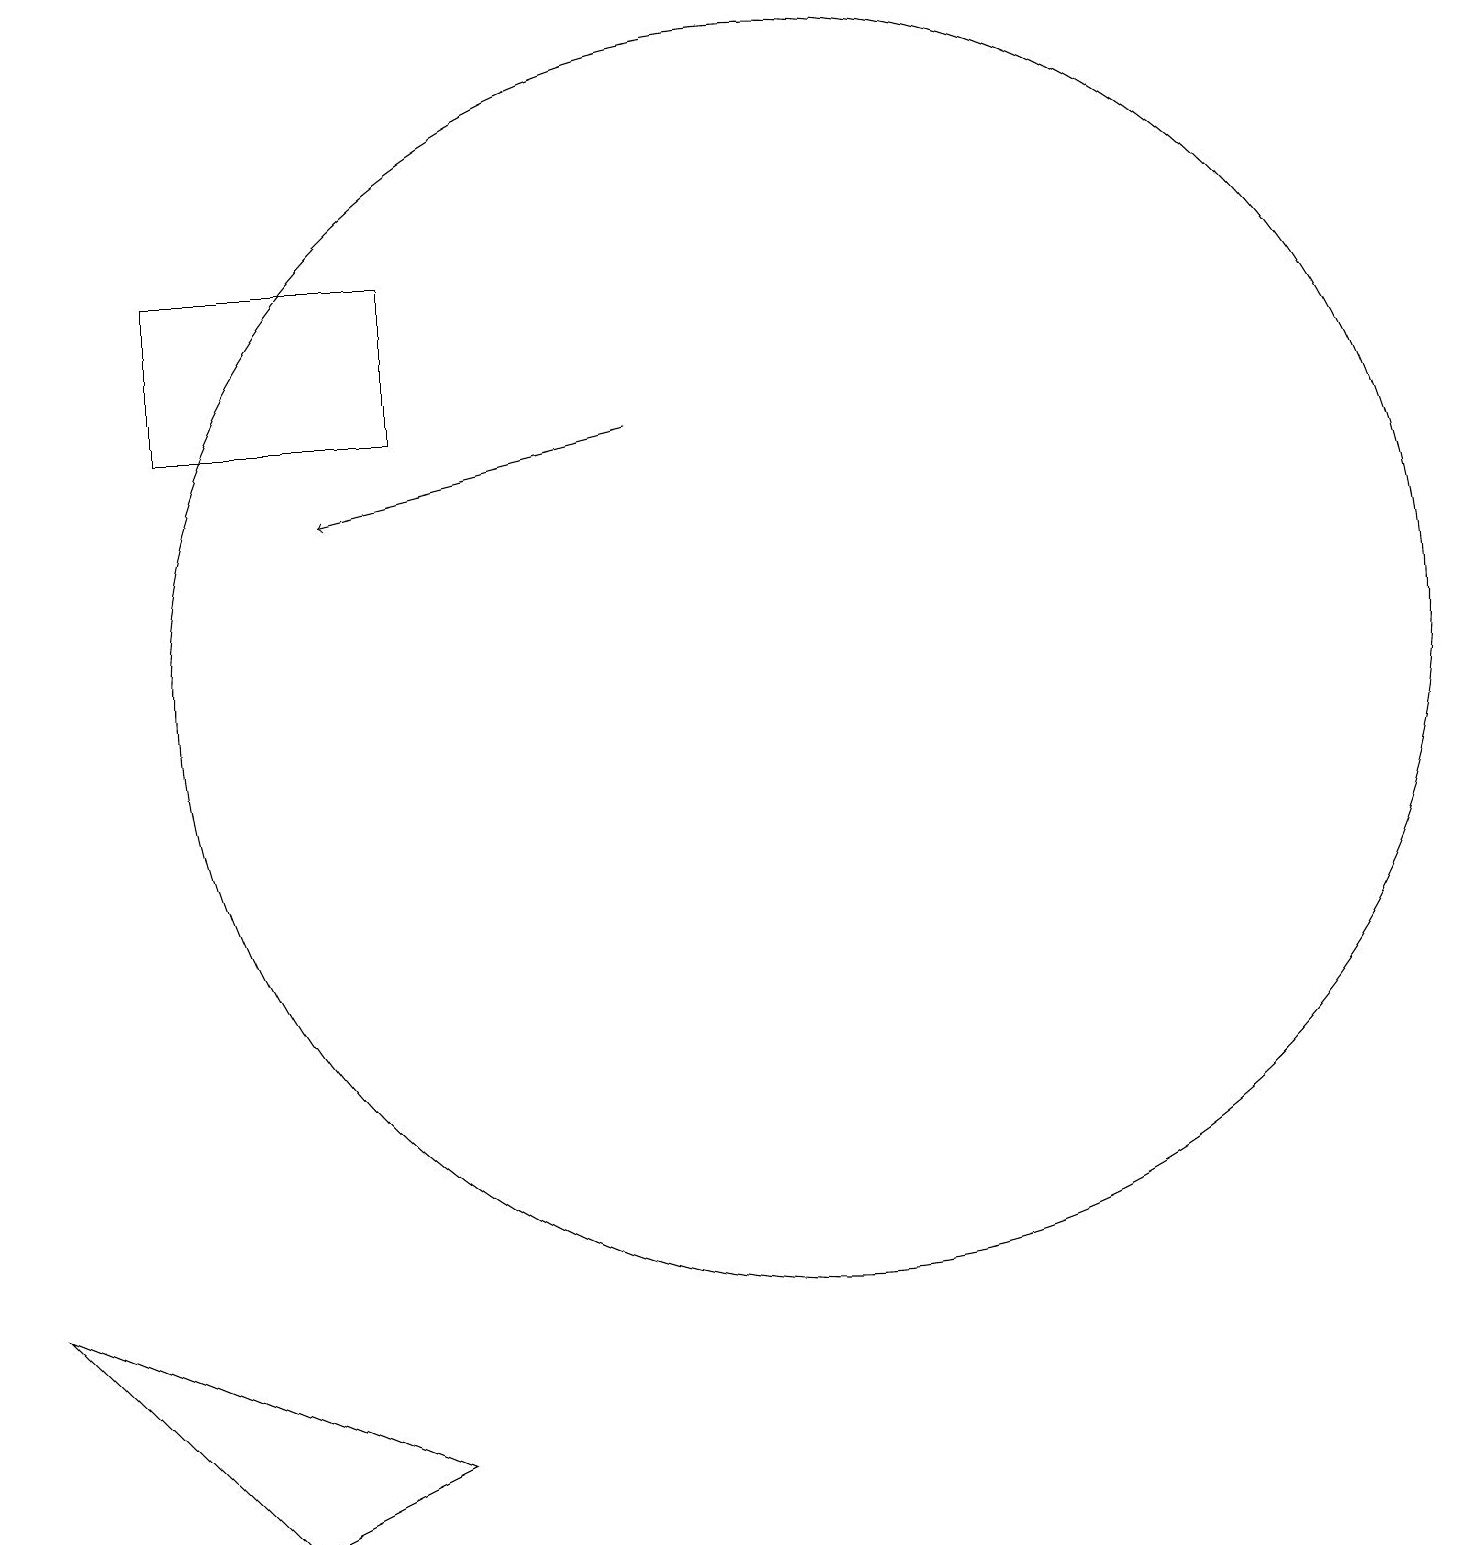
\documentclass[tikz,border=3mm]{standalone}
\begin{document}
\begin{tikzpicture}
\draw[->] (8,15) -- (4,14);
\draw (10,12) circle (8);
\draw (3,1) -- (0,4) -- (5,2) -- cycle;
\draw (12,12) circle (0);
\draw (5,17) rectangle (2,15);
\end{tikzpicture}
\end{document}